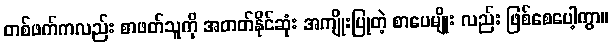
တစ်ဖက်ကလည်း စာဖတ်သူကို အတတ်နိုင်ဆုံး အကျိုးပြုတဲ့ စာပေမျိုး လည်း ဖြစ်စေပေါ့ကွာ။